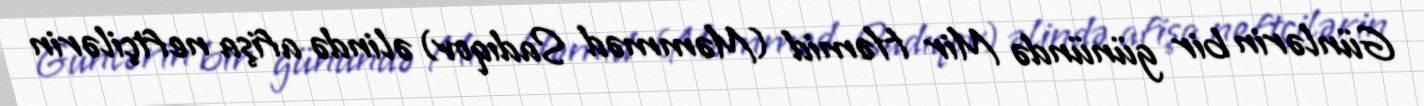
Günlərin bir günündə Mir Həmid (Məmməd Sadıqov) əlində afişa neftçilərin